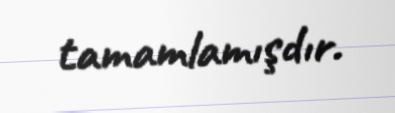
tamamlamışdır.